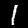
Label: 1